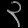
Digit: ၃